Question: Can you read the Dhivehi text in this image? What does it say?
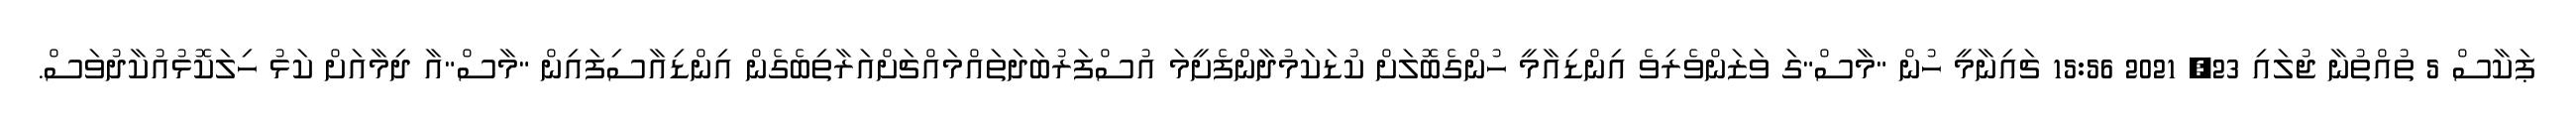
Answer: ޕަކާސް 5 ތުއްތުނާ ޖުލައި 23, 2021 15:56 ޗައިނާމީ ހުން "މާސް"ގަ ވަޒަންވެރިވެ އިންޑިއާމީ ހުންގެބޮލަށް ކުޑަކަމުދާންފެށީމަ އުސްފަރުބަދަތައްމައްޗަށްއަރާތިބެގެން އިންޑިއާސިފައިން "މާސް"އާ ދިމާއަށް ކަޅު ހިލަކޮޅުއުކާދުވަސް.